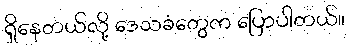
ရှိနေတယ်လို့ ဒေသခံတွေက ပြောပါတယ်။